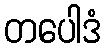
တပေါဒံ